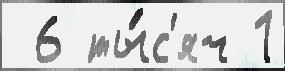
 6 ты́с'яч 1